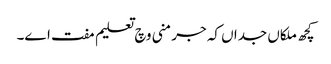
کچھ ملکاں جداں کہ جرمنی وچ تعلیم مفت ا‏‏ے۔